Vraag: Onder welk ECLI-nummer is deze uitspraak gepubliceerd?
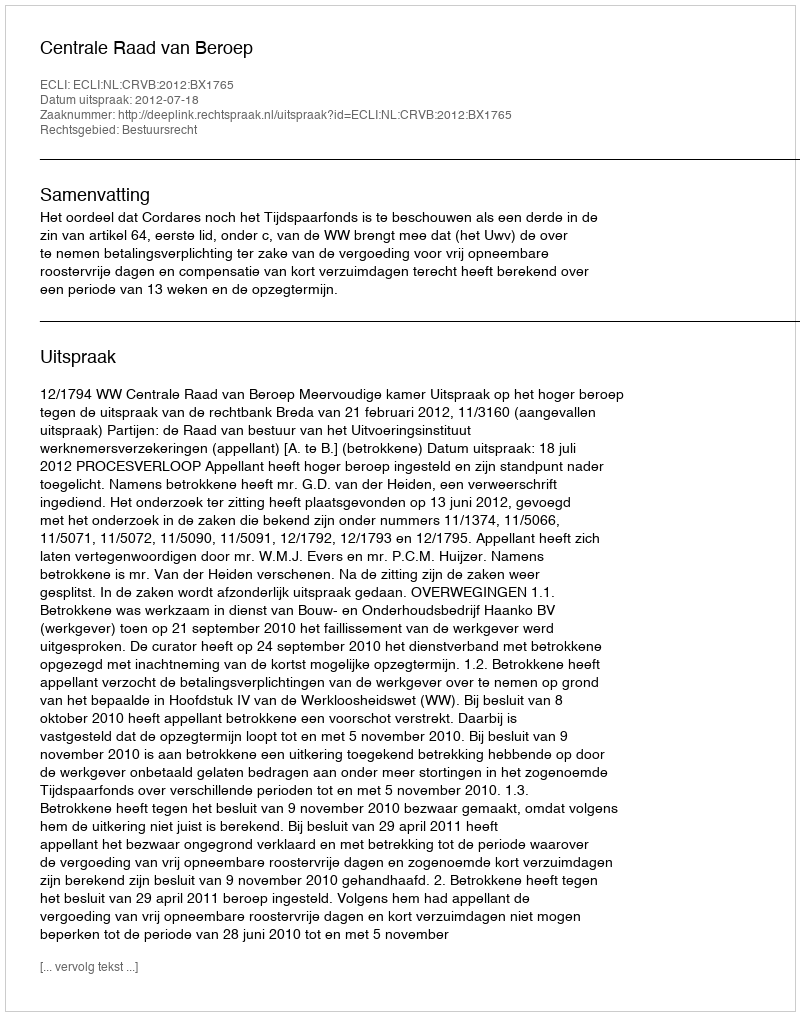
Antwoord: ECLI:NL:CRVB:2012:BX1765